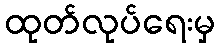
ထုတ်လုပ်ရေးမှ